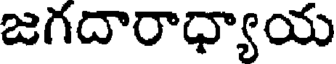
జగదారాధ్యాయ